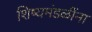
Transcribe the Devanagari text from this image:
शिष्यमंडळींना